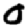
Digit: 0